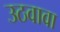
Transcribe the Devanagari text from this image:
उठवावा